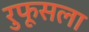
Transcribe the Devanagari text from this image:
रुफूसला